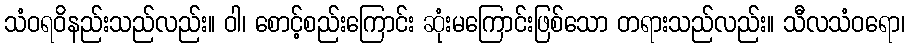
သံဝရဝိနည်းသည်လည်း။ ဝါ၊ စောင့်စည်းကြောင်း ဆုံးမကြောင်းဖြစ်သော တရားသည်လည်း။ သီလသံဝရော၊